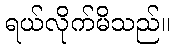
ရယ်လိုက်မိသည်။